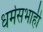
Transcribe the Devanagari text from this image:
धर्मसभाही